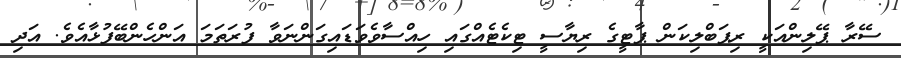
ސޭރާ ޕޭލިންއަކީ ރިޕަބްލިކަން ޕާޓީގެ ރިޔާސީ ޓިކެޓެއްގައި ހިއްސާވެވަޑައިގަންނަވާ ފުރަތަމަ އަންހެންބޭފުޅާއެވެ. އަދި